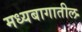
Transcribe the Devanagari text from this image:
मध्यबागातील